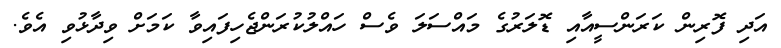
އަދި ފޮރިން ކަރަންސީއާއި ޑޮލަރުގެ މައްސަލަ ވެސް ހައްލުކުރަންޖެހިފައިވާ ކަމަށް ވިދާޅުވި އެވެ.